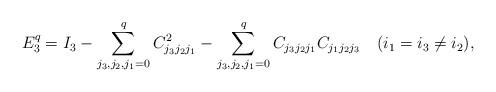
LaTeX: \begin{align*}E_3^q=I_3-\sum_{j_3,j_2,j_1=0}^q C_{j_3j_2j_1}^2-\sum_{j_3,j_2,j_1=0}^q C_{j_3j_2j_1}C_{j_1j_2j_3}\ \ \ (i_1=i_3\ne i_2),\end{align*}